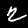
Label: 2